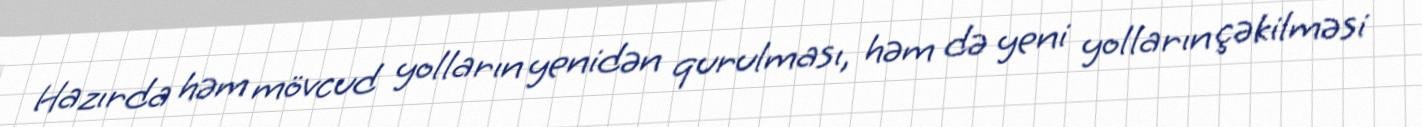
Hazırda həm mövcud yolların yenidən qurulması, həm də yeni yolların çəkilməsi